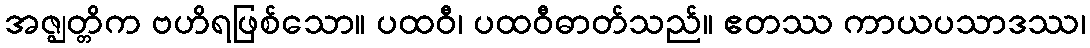
အဇ္ဈတ္တိက ဗဟိရဖြစ်သော။ ပထဝီ၊ ပထဝီဓာတ်သည်။ ဧတဿ ကာယပသာဒဿ၊